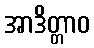
အာဒိတ္တာဝ